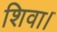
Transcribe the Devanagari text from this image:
शिवा।